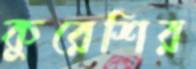
কুরেশির